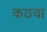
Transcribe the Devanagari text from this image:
कठवा